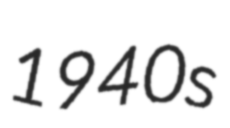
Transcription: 1940s